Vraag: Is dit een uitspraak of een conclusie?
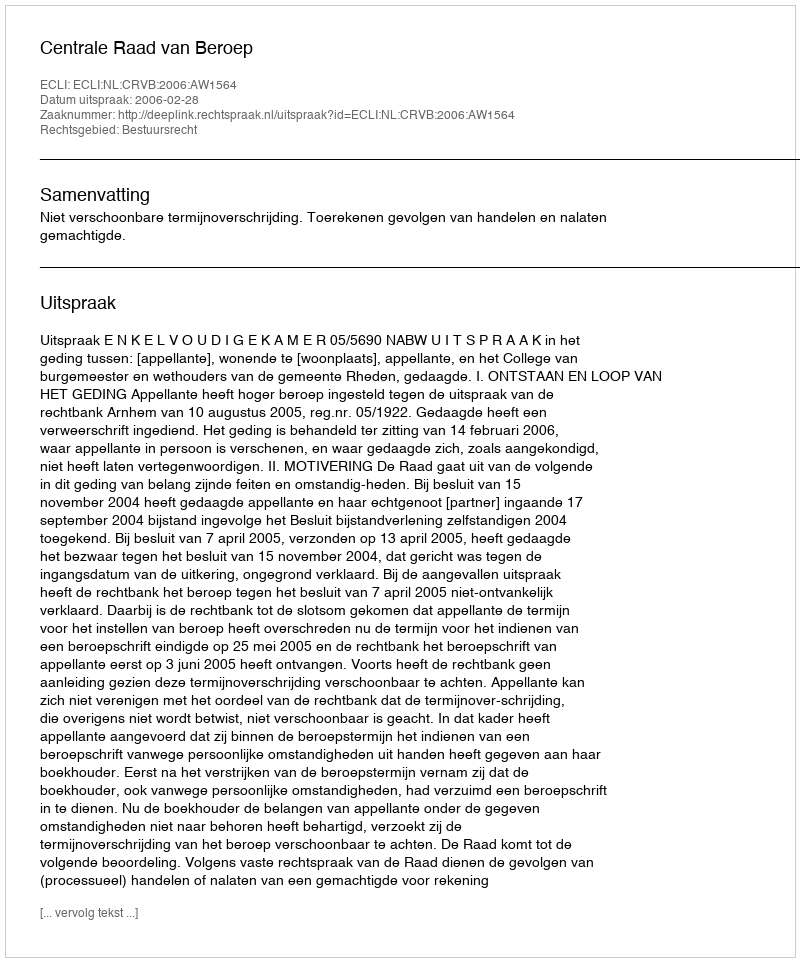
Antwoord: Uitspraak